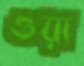
ওয়া